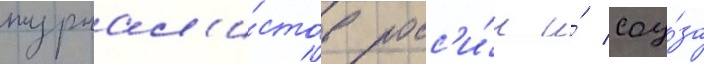
журнал'и́стов росс'и́и и́ соу́за